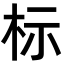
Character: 标